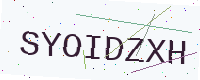
Text: SYOIDZXH